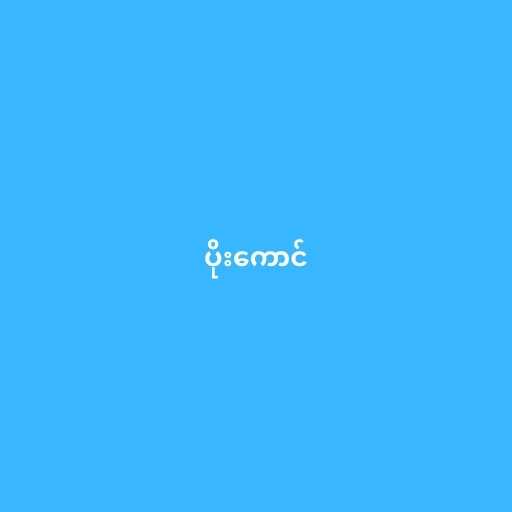
ပိုးကောင်